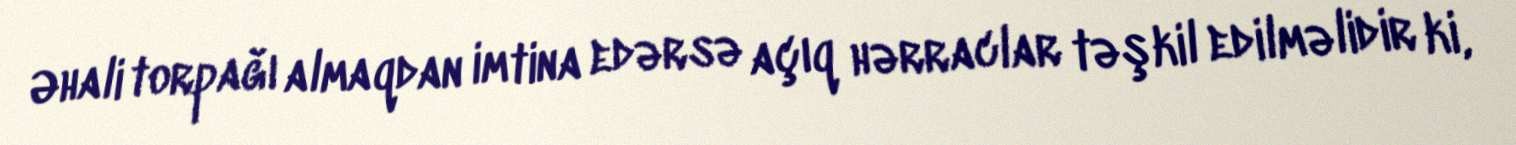
Əhali torpağı almaqdan imtina edərsə açıq hərraclar təşkil edilməlidir ki,